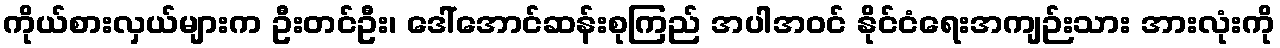
ကိုယ်စားလှယ်များက ဦးတင်ဦး၊ ဒေါ်အောင်ဆန်းစုကြည် အပါအဝင် နိုင်ငံရေးအကျဉ်းသား အားလုံးကို